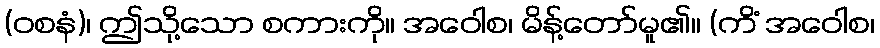
(ဝစနံ)၊ ဤသို့သော စကားကို။ အဝေါစ၊ မိန့်တော်မူ၏။ (ကိံ အဝေါစ၊